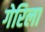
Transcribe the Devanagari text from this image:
गेरिला